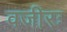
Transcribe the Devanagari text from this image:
वजीरः